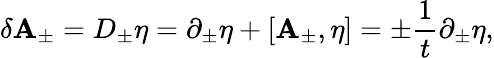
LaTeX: \delta\mathbf{A}_{\pm}=D_{\pm}\eta=\partial_{\pm}\eta+[\mathbf{A}_{\pm},\eta]=\pm{\frac{{1}}{{t}}}\partial_{\pm}\eta,